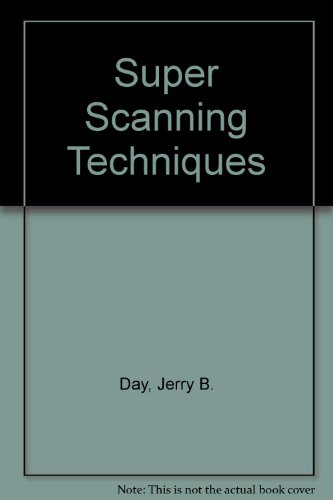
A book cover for Super Scanning Techniques: The Hewlett Packard Guide to Black & White Imaging; Jerry B. Day; Computers & Technology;